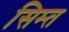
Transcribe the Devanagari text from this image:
सिम्त